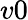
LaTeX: v0